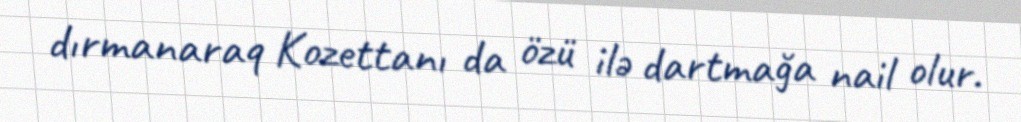
dırmanaraq Kozettanı da özü ilə dartmağa nail olur.